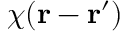
\chi ( \mathbf { r } - \mathbf { r } ^ { \prime } )